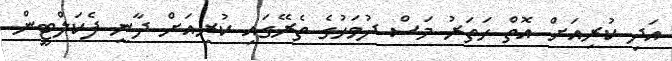
އަދި ކުރިއަށް އޮތް ހަތަރު މަސް ދުވަހުގެ ތެރޭގައި ކުރިއަށް ދާނީ ފެކަލްޓީން